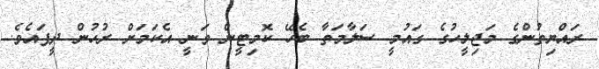
ރައްޔިތުންގެ މަޖިލީހުގެ ގައުމީ ސަލާމަތާ ބެހޭ ކޮމިޓީން ވަނީ އެކަމަށް ރުހުން ދީފައެވެ.